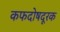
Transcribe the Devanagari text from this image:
कफदोषदूरक